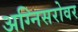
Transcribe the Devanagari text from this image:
अग्निसरोवर